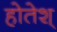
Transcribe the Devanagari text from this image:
होतेश्